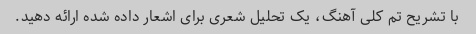
با تشریح تم کلی آهنگ، یک تحلیل شعری برای اشعار داده شده ارائه دهید.